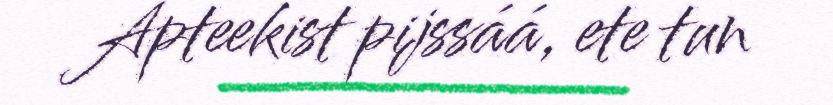
Apteekist pijssáá, ete tun